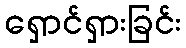
ရှောင်ရှားခြင်း